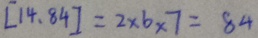
[ 1 4 . 8 4 ] = 2 \times 6 \times 7 = 8 4